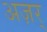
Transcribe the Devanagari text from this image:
अज़र्